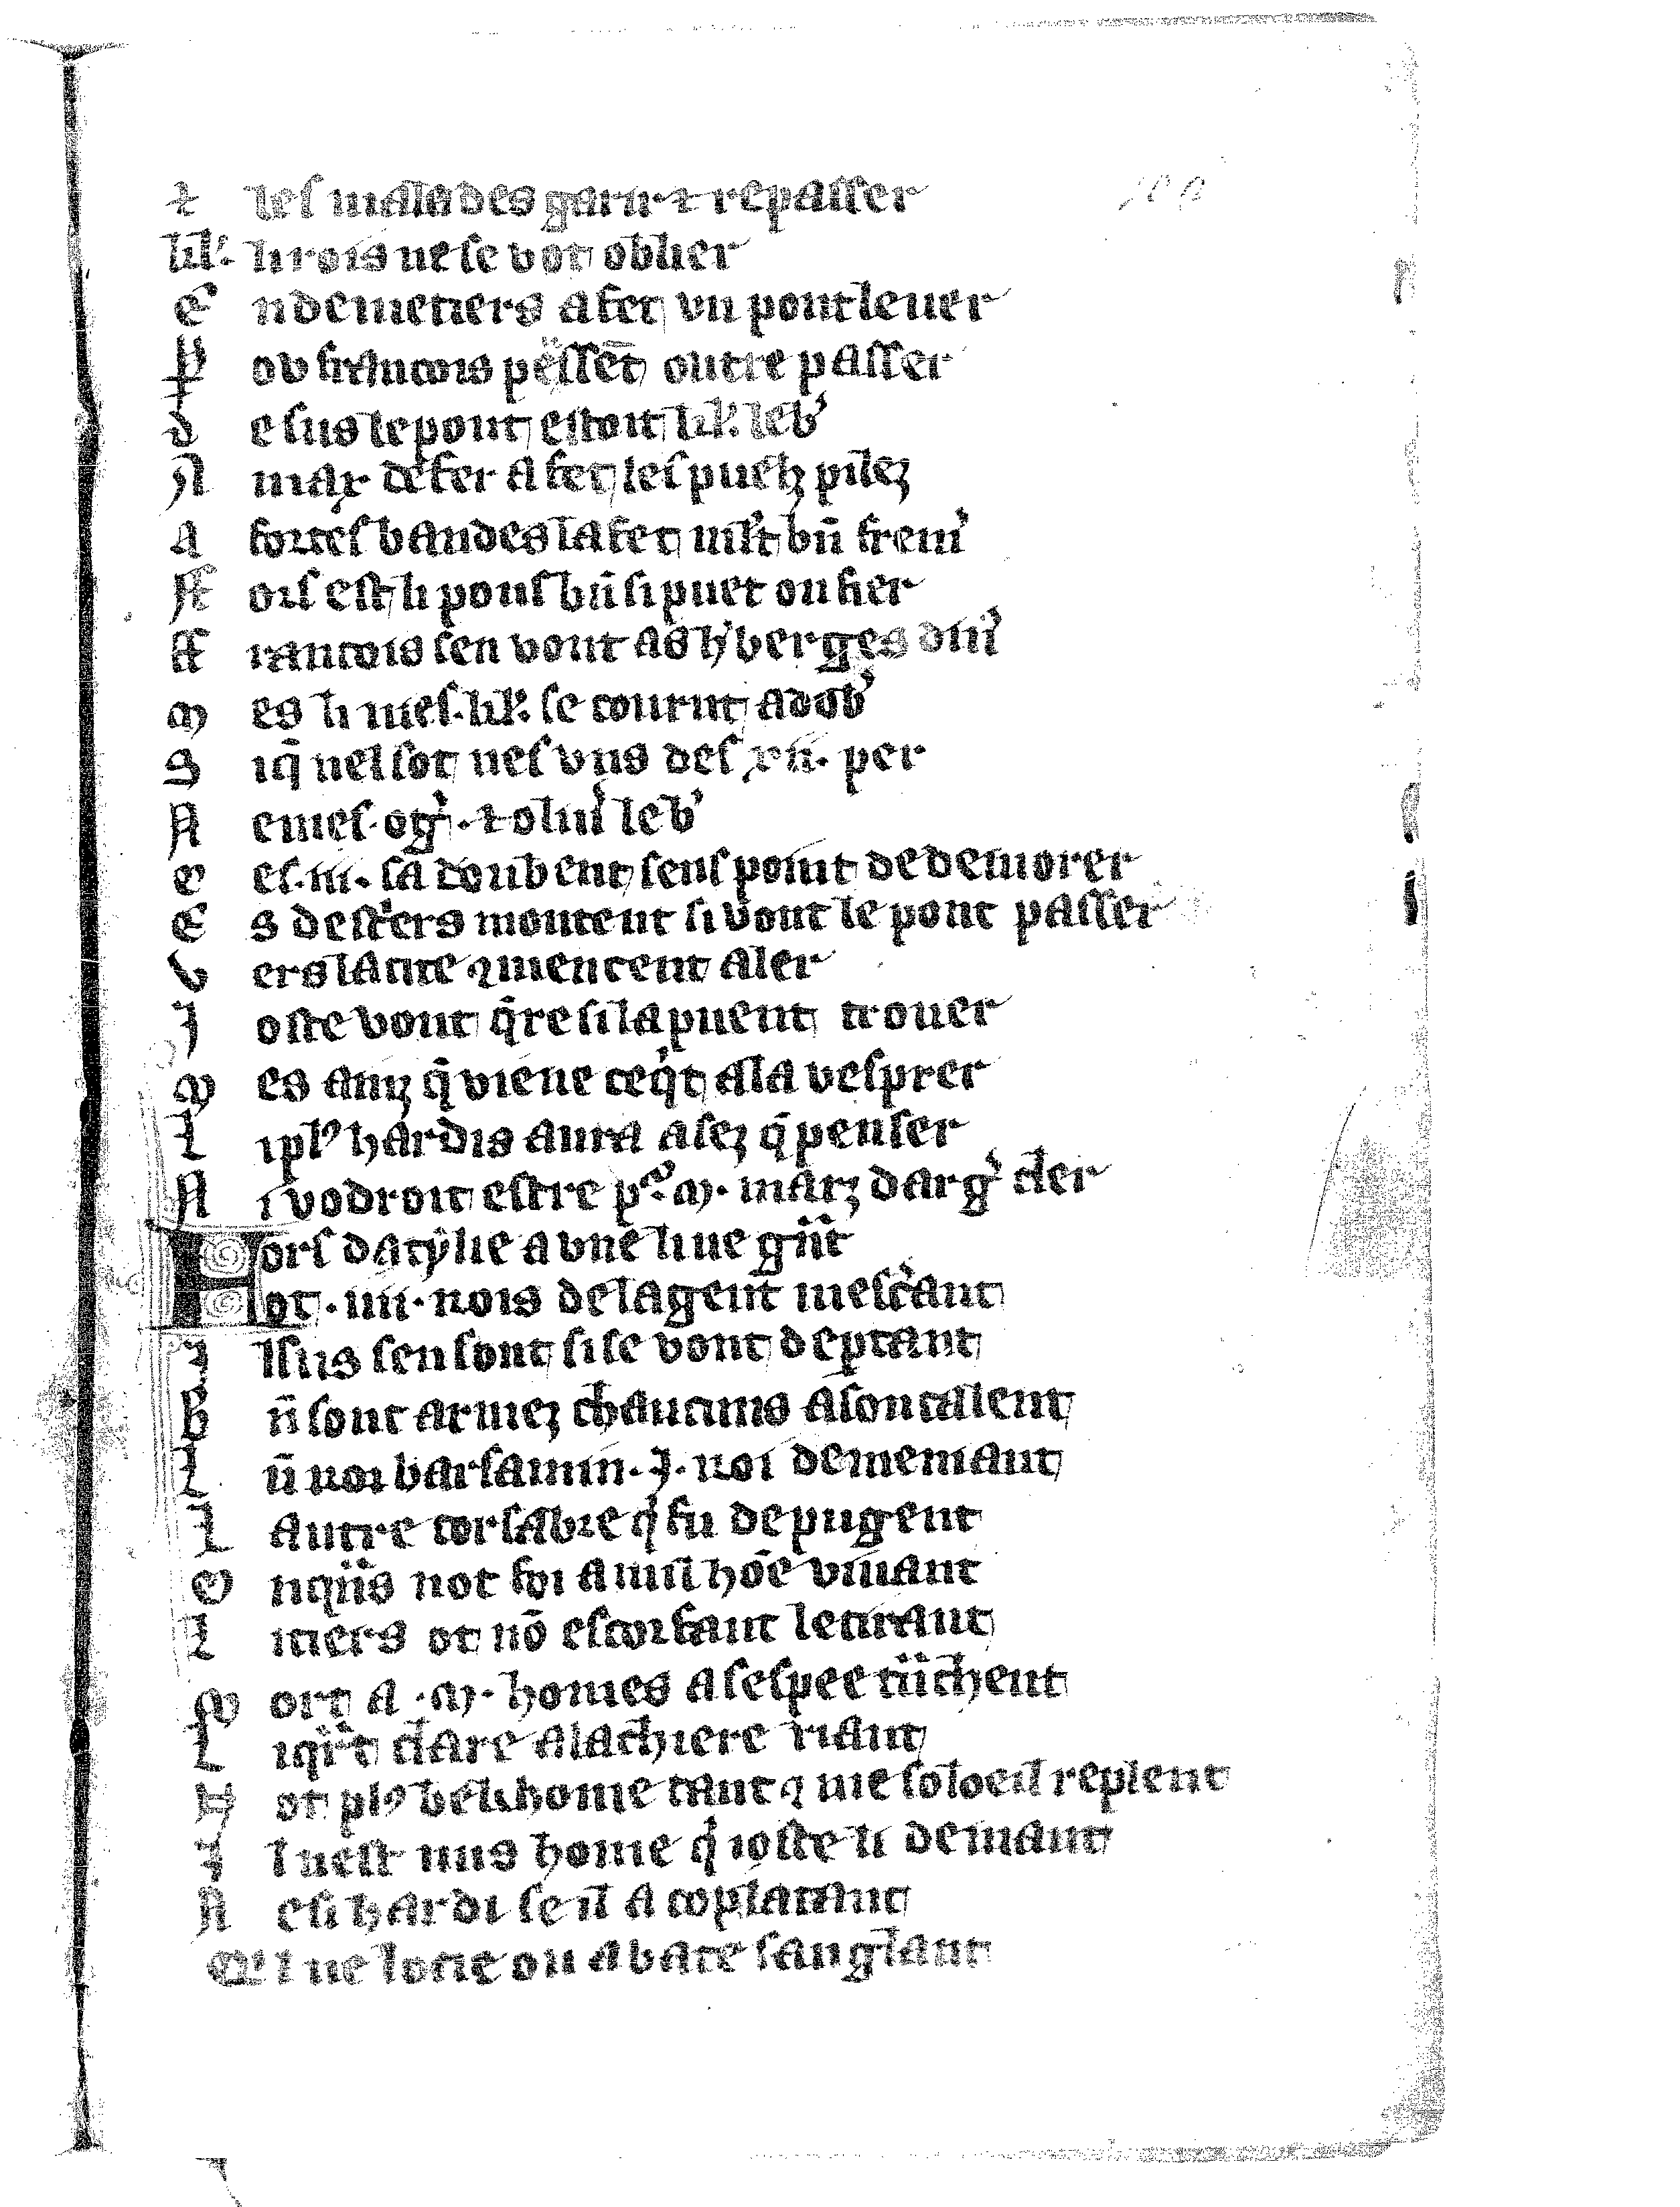
Shelfmark: Vatican, Biblioteca apostolica vaticana, Reg.lat. 1616
Century: 14